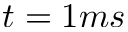
t = 1 m s